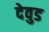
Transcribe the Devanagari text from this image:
देवुड